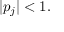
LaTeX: | p _ { j } | < 1 .